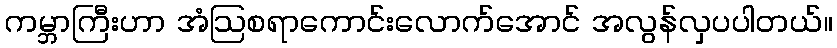
ကမ္ဘာကြီးဟာ အံဩစရာကောင်းလောက်အောင် အလွန်လှပပါတယ်။